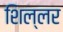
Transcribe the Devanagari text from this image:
शिल्लर